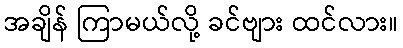
အချိန် ကြာမယ်လို့ ခင်ဗျား ထင်လား။